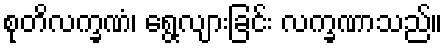
စုတိလက္ခဏံ၊ ရွေ့လျားခြင်း လက္ခဏာသည်။